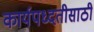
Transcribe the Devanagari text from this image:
कार्यपध्दतीसाठी